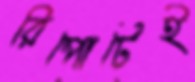
রিপোর্টেই